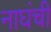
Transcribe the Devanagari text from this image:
नाघंची